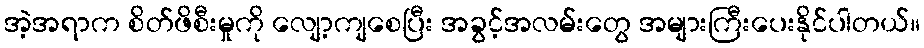
အဲ့အရာက စိတ်ဖိစီးမှုကို လျော့ကျစေပြီး အခွင့်အလမ်းတွေ အများကြီးပေးနိုင်ပါတယ်။